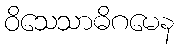
ဝိသေသာဓိဂမေန